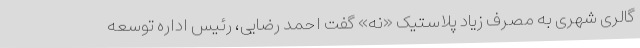
گالری شهری به مصرف زیاد پلاستیک «نه» گفت احمد رضایی، رئیس اداره توسعه